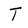
Character: T